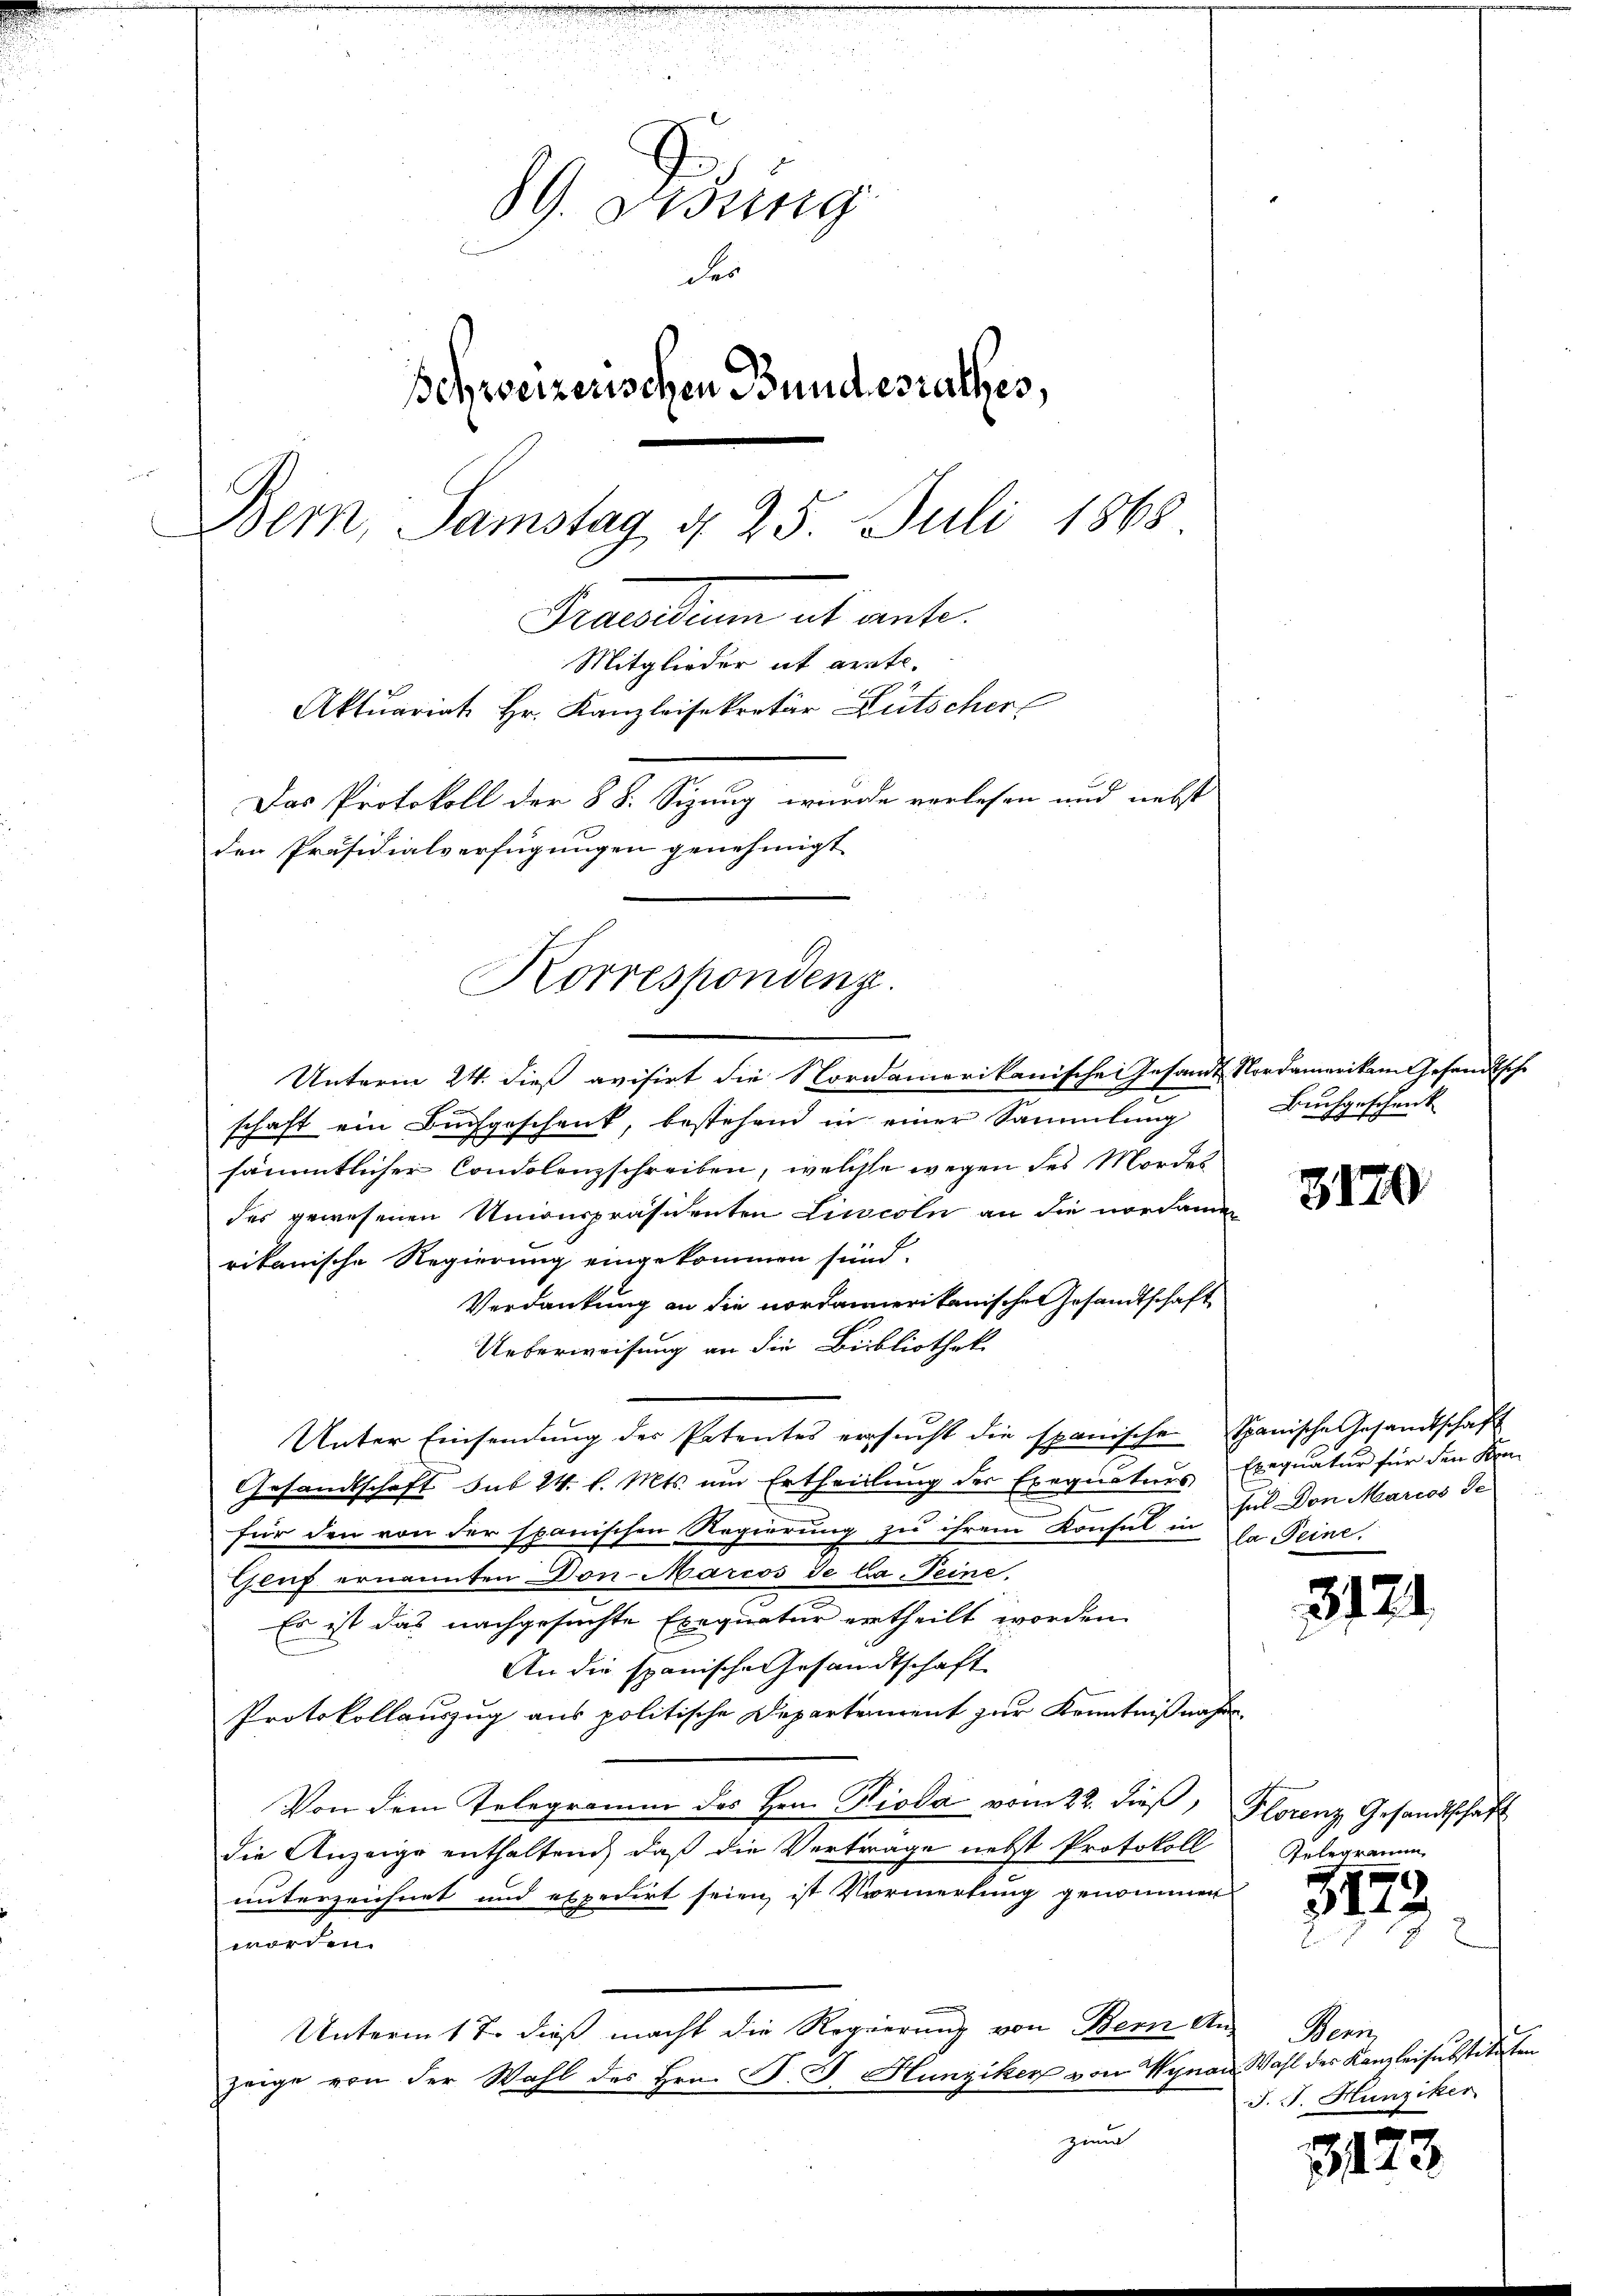
89. Disung
der
Schweizerischen Bundesrathes,
Bem, Samstag § 25. Juli 1865
Pennalium et ante
Mitglieder it ärzte.
Aktuariat Hr. Kanzleisekretär Hütscher
Das Protokoll der § 8. Sizung wurde verlesen und nebst
den Präsidialverfügungen genehmigt

Korrespondenz.

Unterm 24. dieß avisirt die Nordamerikanische Gesandt Nordamerikam Gesandtsche
schaft ein Buchgeschenk, bestehend in einer Sammlung
t
sämmtlicher Condolenzschreiben, welche wegen des Mordes
des gewesenen Uncourpräsidenten Liwcoln an die nordamen
rikanische Regierung eingekommen sind.
Verdankung an die nordanmerikanische Gesandtschaft
Ueberweisung an die Bibliothek
Unter Einsendŭng des Patentes ersŭcht die spanischen Spanische Gesandtschaft
Gesandtschaft sub 24. l. Mts. um Ertheillung des Exequaturs Exequatur für den Konfür den von der spanischen Regierung zu ihrem Konsul in Dr. Seine.
Geuf ernannten Don-Marcos de la Teine.
Es ist das nachgesuchte Exequatur ertheilt worden.
An die spanische Gesandtschaft
Protokollauszug aus politische Departement zur Kenntnißnahm
Von dem Telegramm des Hrn. Hioda vom 22. dieß, Florenz Gesandtschaft
die Anzeige enthaltend, daß die Vertrage nebst Protokoll
unterzeichnet und expedirt seien, ist Vormerkung genommen
worden.
Unterm 17. dieß macht die Regierung von Bern An-
zeige von der Wahl des Hrn. F. J. Hunziker von Wynau Wahl der Kanzlei substituten
zin

Buchgeschenk

3170

ses Don Marios de

3121

Telegramm

3173.

Bern,
J. J. Hunziker

3123